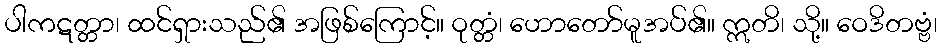
ပါကဋတ္တာ၊ ထင်ရှားသည်၏ အဖြစ်ကြောင့်။ ဝုတ္တံ၊ ဟောတော်မူအပ်၏။ ဣတိ၊ သို့။ ဝေဒိတဗ္ဗံ၊